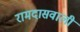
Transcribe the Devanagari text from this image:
रामदासवाली